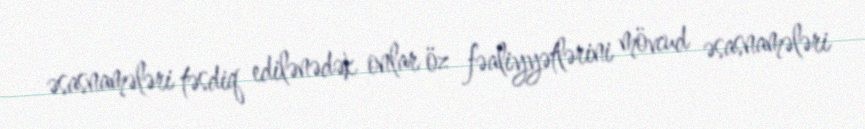
əsasnamələri təsdiq edilənədək onlar öz fəaliyyətlərini mövcud əsasnamələri